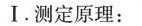
I. 测定原理：